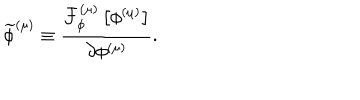
LaTeX: \widetilde { \phi } ^ { \left( \mu \right) } \equiv \frac { { \cal F } _ { \phi } ^ { \left( \mu \right) } \left[ \phi ^ { \left( \mu \right) } \right] } { \partial \phi ^ { \left( \mu \right) } } .